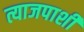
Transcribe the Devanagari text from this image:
त्याजपाशी